Laimjala_vallavalitsus, lk 11
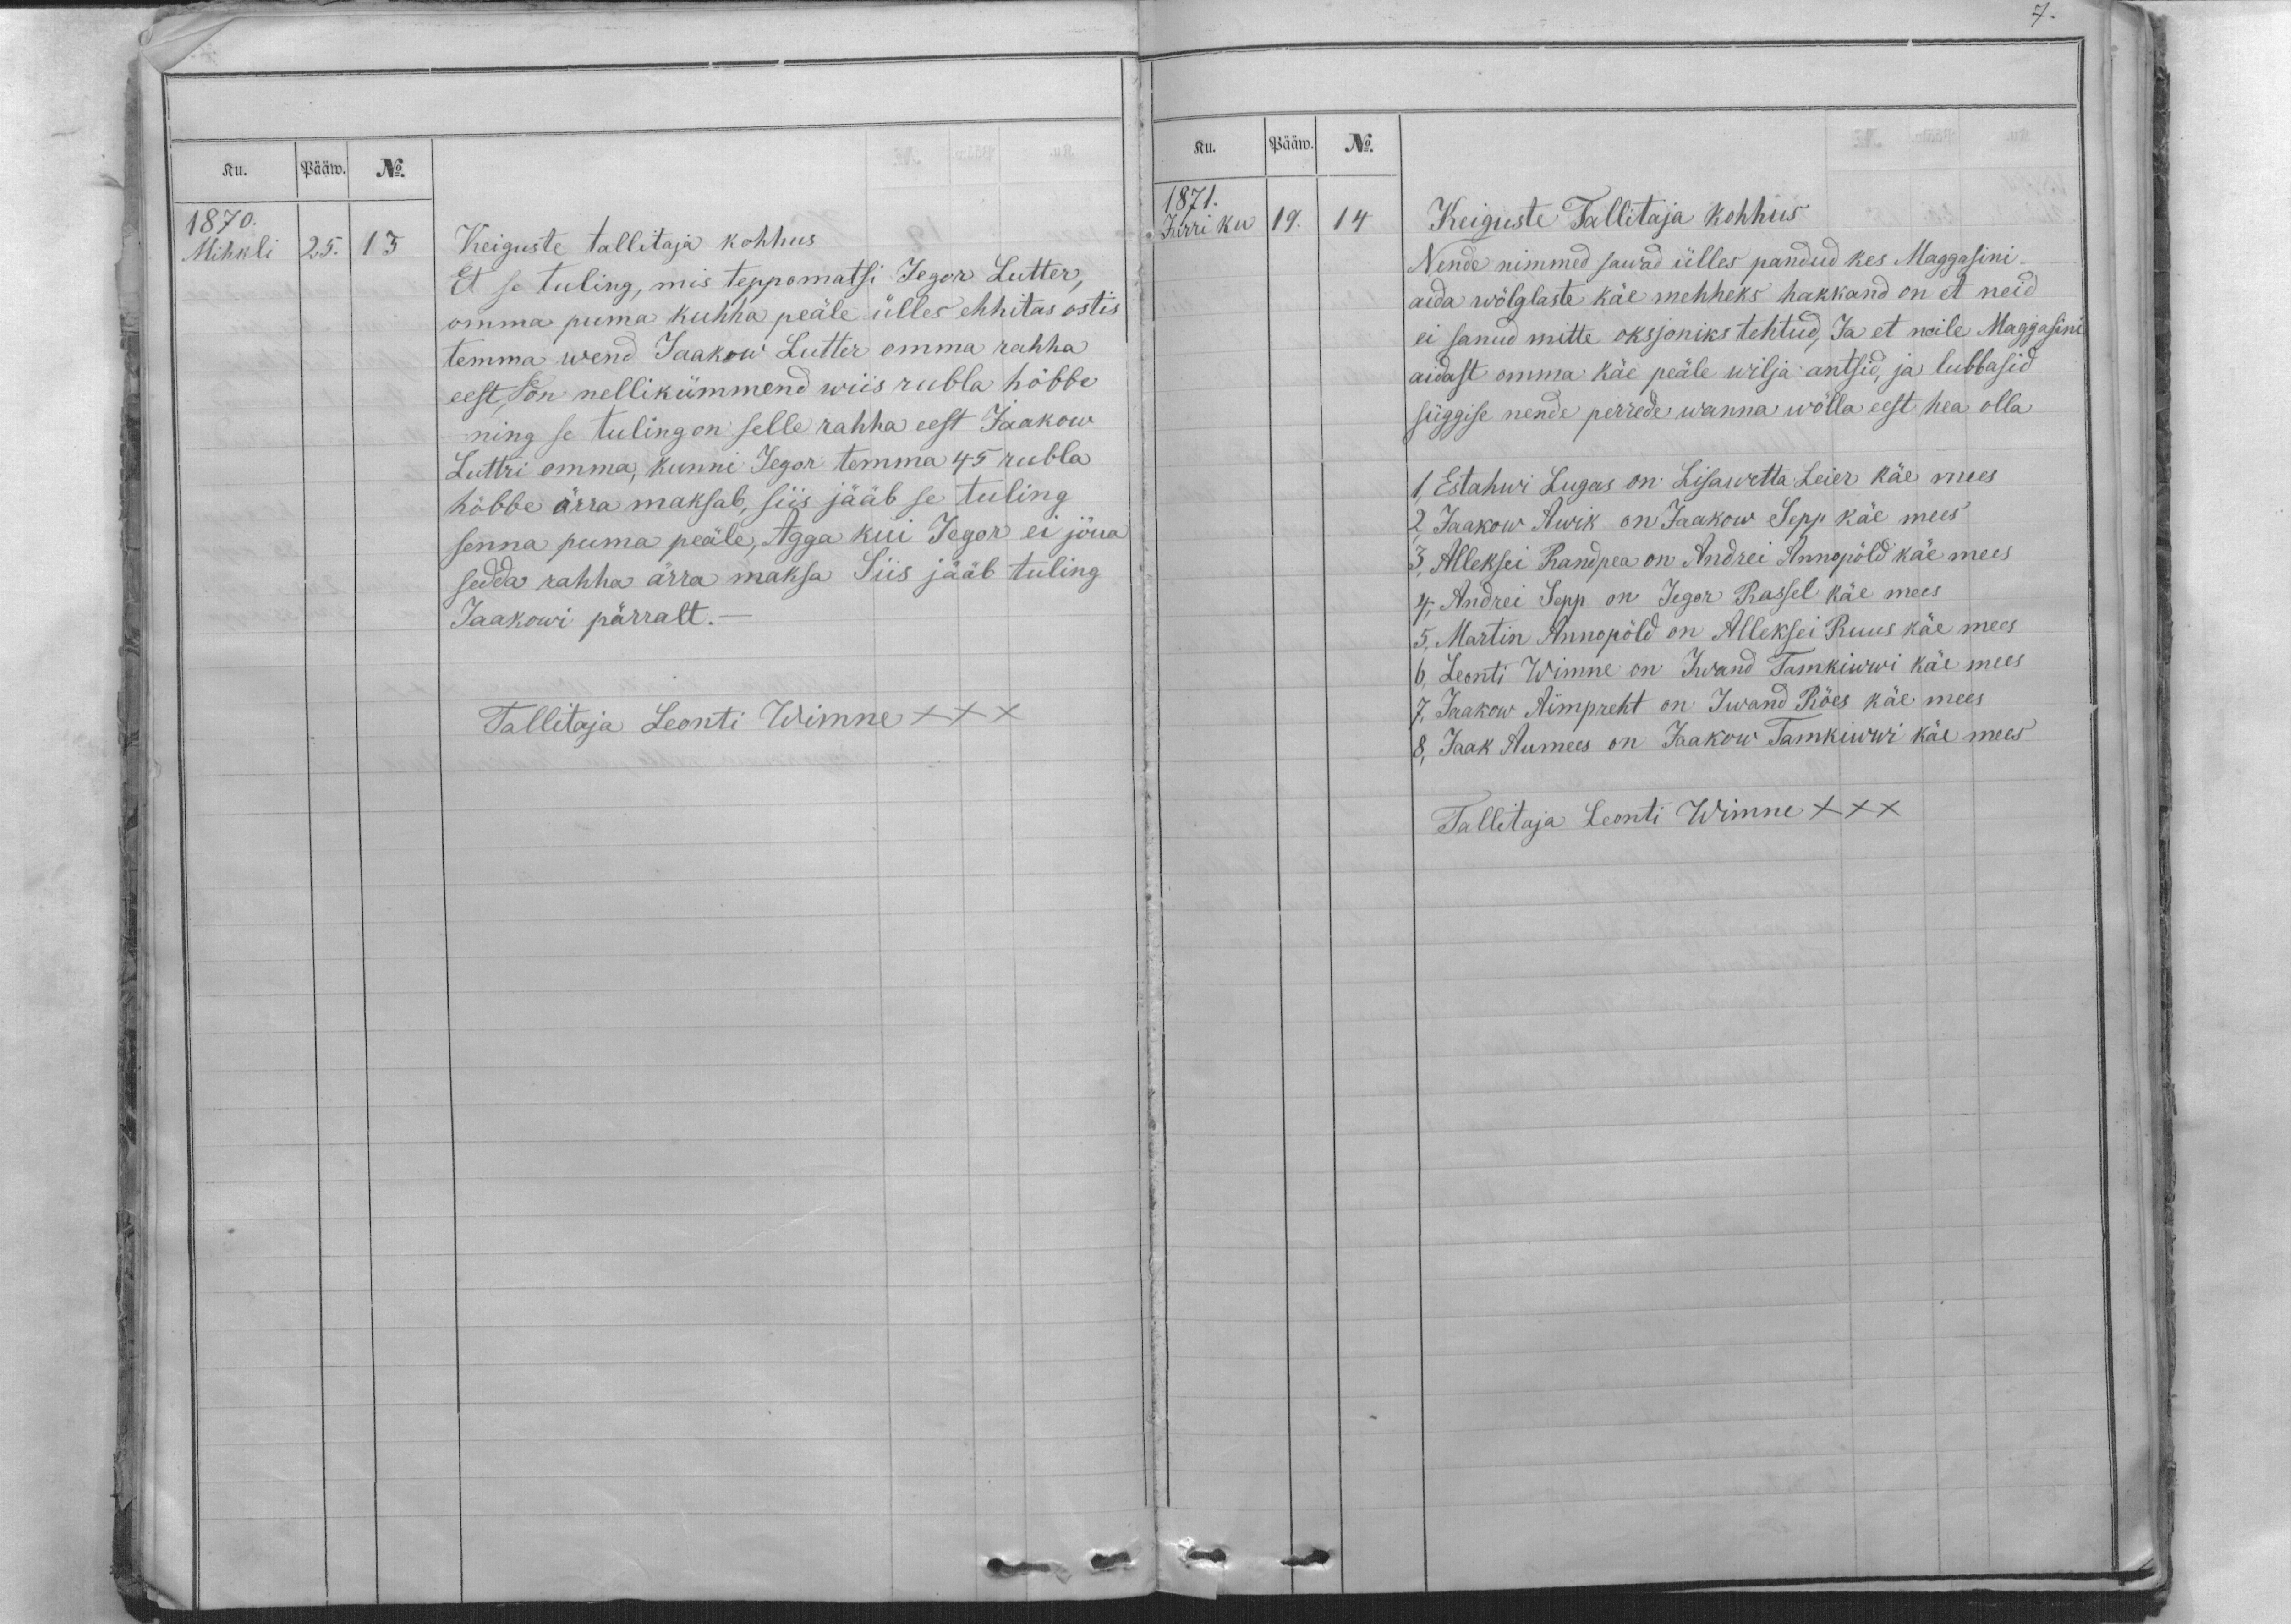
Ku.
Pääw.
No.
1870.
Mihkli
25.
13
Keiguste tallitaja kohhus
Et se tuling, mis teppomatsi Jegor Lutter,
omma puma kuhha peäle ülles ehhitas ostis
temma wend Jaakow Lutter omma rahha
eest, se on nellikümmend wiis rubla hõbbe
ning se tuling on selle rahha eest Jaakow
Luttri omma, kunni Jegor temma 45 rubla
hõbbe ärra maksab, siis jääb se tuling
senna puma peäle, Agga kui Jegor ei jõua
sedda rahha ärra maksa Siis jääb tuling
Jaakowi pärralt.-
Tallitaja Leonti Wimne XXX

Ku.
Pääw.
No.
1871.
Jurri ku
19.
14
Keiguste Tallitaja kohhus
Nende nimmed sawad ülles pandud kes Maggasini
aida wõlglaste käe mehheks hakkand on et neid
ei sanud mitte oksjoniks tehtud, Ja et neile Maggasini
aidast omma käe peäle wilja antsid, ja lubbasid
süggise nende perrede wanna wõlla eest hea olla
1, Estahwi Lugas on Lisawetta Leier käe mees
2, Jaakow Awik on Jaakow Sepp käe mees
3, Alleksei Randpea on Andrei Annopöld käe mees
4, Andrei Sepp on Jegor Rassel käe mees
5, Martin Annopöld on Alleksei Ruus käe mees
6, Leonti Wimne on Iwand Tamkiwwi käe mees
7,  Jaakow Aimpreht on Iwand Röes käe mees
8, Jaak Aumees on Jaakow Tamkiwwi käe mees
Tallitaja Leonti Wimne XXX